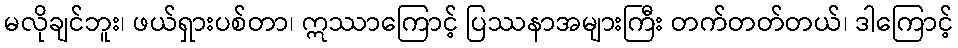
မလိုချင်ဘူး၊ ဖယ်ရှားပစ်တာ၊ ဣဿာကြောင့် ပြဿနာအများကြီး တက်တတ်တယ်၊ ဒါကြောင့်